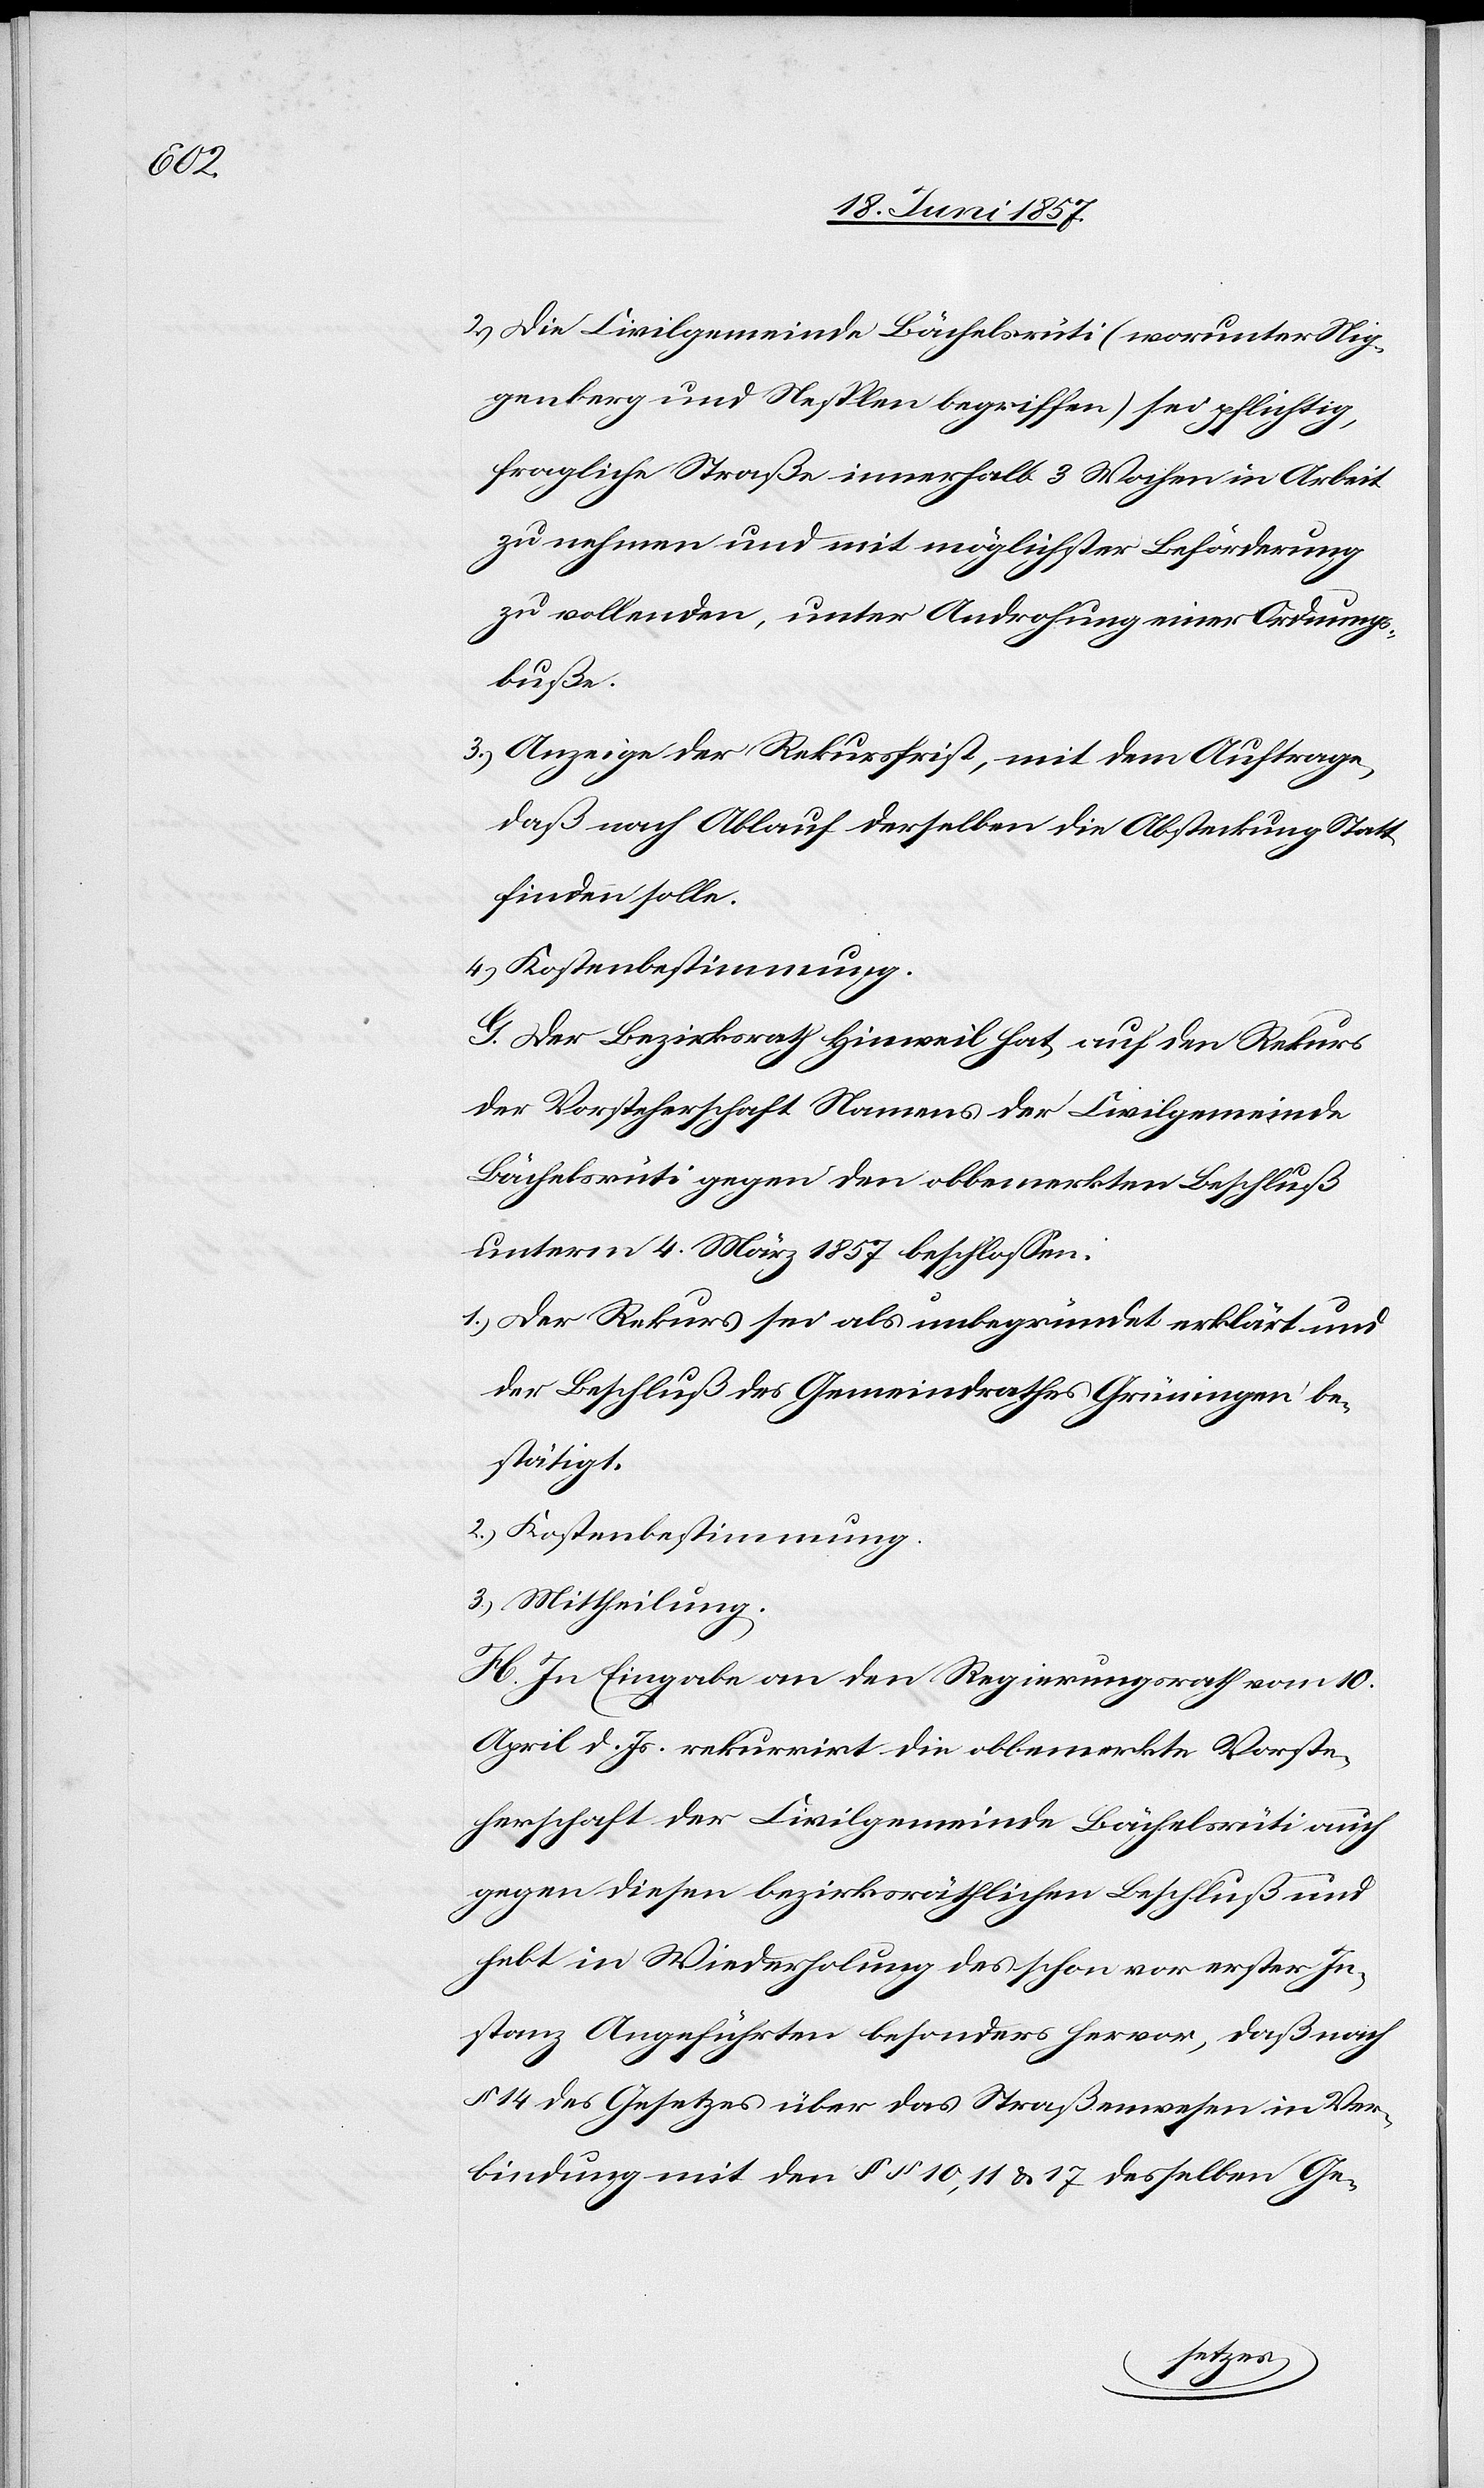
2.) Die Civilgemeinde Bächelsrüti (worunter Nig¬
genberg und Nesplen begriffen) sei pflichtig,
fragliche Straße innerhalb 3 Wochen in Arbeit
zu nehmen und mit möglichster Beförderung
zu vollenden, unter Androhung einer Ordnungs¬
busse.
3.) Anzeige der Rekursfrist, mit dem Auftrage,
daß nach Ablauf derselben die Absteckung Statt
finden solle.
4.) Kostenbestimmung.
G. Der Bezirksrath Hinweil hat auf den Rekurs
der Vorsteherschaft Namens der Civilgemeinde
Bächelsrüti gegen den obbemerkten Beschluß
unterm 4 März 1857 beschlossen:
1.) Der Rekurs sei als unbegründet erklärt und
der Beschluß des Gemeindrathes Grüningen be¬
stätigt.
2.) Kostenbestimmung.
3.) Mittheilung.
H. In Eingabe an den Regierungsrath vom 10
April d. Js. rekurrirt die obbemerkte Vorste¬
herschaft der Civilgemeinde Bächelsrüti auch
gegen diesen bezirksräthlichen Beschluß und
hebt in Wiederholung des schon vor erster In¬
stanz Angeführten besonders hervor, da nach
§ 14 des Gesetzes über das Straßenwesen in Ver¬
bindung mit den § 10, 11 & 17 desselben Ge-